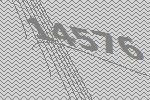
14576